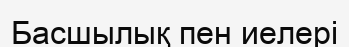
Басшылық пен иелері